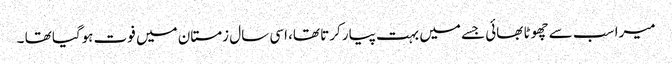
میرا سب سے چھوٹا بھائی جسے میں بہت پیار کرتا تھا، اسی سال زمستان میں فوت ہوگیا تھا ۔